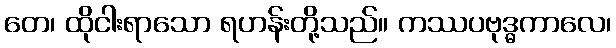
တေ၊ ထိုငါးရာသော ရဟန်းတို့သည်။ ကဿပဗုဒ္ဓကာလေ၊